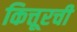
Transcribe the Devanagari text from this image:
कित्तूरची